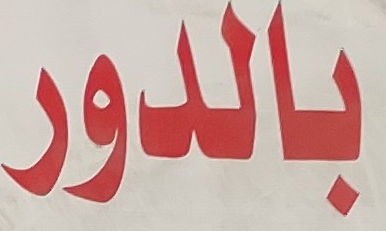
بالدور